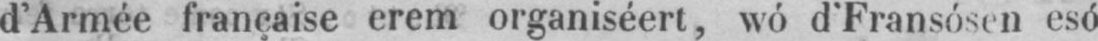
d’Armée française erem organiséert, wó d’Fransósen esó